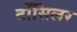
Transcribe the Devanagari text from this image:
टोंसिलर